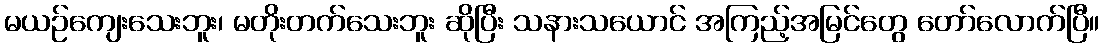
မယဉ်ကျေးသေးဘူး၊ မတိုးတက်သေးဘူး ဆိုပြီး သနားသယောင် အကြည့်အမြင်တွေ တော်လောက်ပြီ။